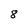
Character: 8